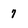
Character: 7